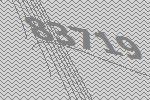
83719